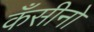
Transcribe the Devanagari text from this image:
कँसीनो